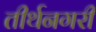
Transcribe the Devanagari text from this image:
तीर्थनगरी